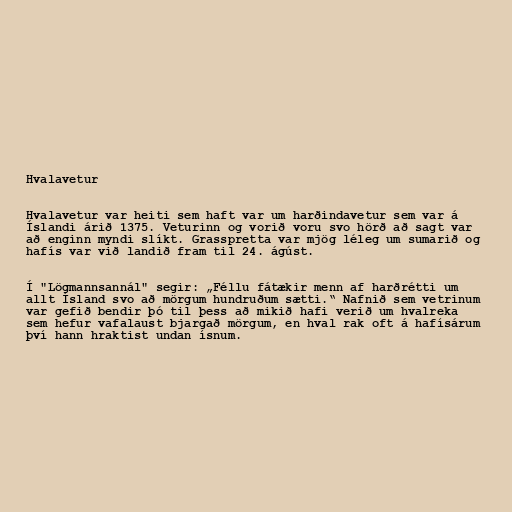
Hvalavetur

Hvalavetur var heiti sem haft var um harðindavetur sem var á
Íslandi árið 1375. Veturinn og vorið voru svo hörð að sagt var
að enginn myndi slíkt. Grasspretta var mjög léleg um sumarið og
hafís var við landið fram til 24. ágúst.

Í "Lögmannsannál" segir: „Féllu fátækir menn af harðrétti um
allt Ísland svo að mörgum hundruðum sætti.“ Nafnið sem vetrinum
var gefið bendir þó til þess að mikið hafi verið um hvalreka
sem hefur vafalaust bjargað mörgum, en hval rak oft á hafísárum
því hann hraktist undan ísnum.